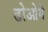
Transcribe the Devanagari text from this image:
ढोओगे